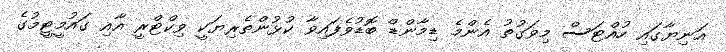
އަނިޔާގައި ހުއްޓަސް މިވަގުތު އެންމެ ޑިމާންޑް ބޮޑުވެފައިވާ ކުޅުންތެރިޔަކީ ވިކްޓްރީ އާއި ގައުމީޓީމުގެ